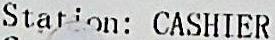
STATION: CASHIER